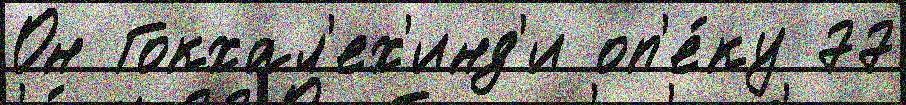
Он Гокхал'ех'инд'и оп'е́ку 77